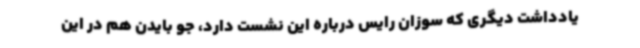
یادداشت دیگری که سوزان رایس درباره این نشست دارد، جو بایدن هم در این